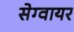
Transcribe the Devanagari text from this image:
सेग्वायर